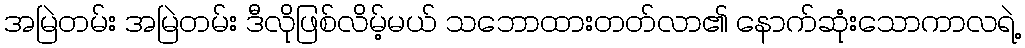
အမြဲတမ်း အမြဲတမ်း ဒီလိုဖြစ်လိမ့်မယ် သဘောထားတတ်လာ၏ နောက်ဆုံးသောကာလရဲ့